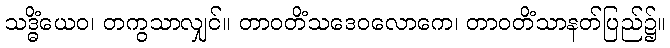
သဒ္ဓိံယေဝ၊ တကွသာလျှင်။ တာဝတိံသဒေဝလောကေ၊ တာဝတိံသာနတ်ပြည်၌။